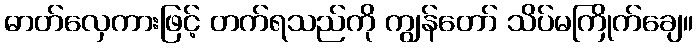
ဓာတ်လှေကားဖြင့် တက်ရသည်ကို ကျွန်တော် သိပ်မကြိုက်ချေ။